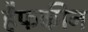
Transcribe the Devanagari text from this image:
हैफकीन